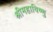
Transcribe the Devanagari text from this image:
श्रीमहाविष्णु